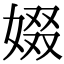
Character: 娺